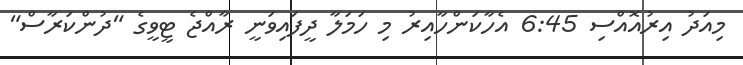
މިއަދު އިރުއޮއްސި 6:45 އެހާކަންހާއިރު މި ހަމަލާ ދީފައިވަނީ ރާއްޖެ ޓީވީގެ "ދުންކަރާސް"